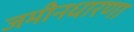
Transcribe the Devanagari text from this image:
जमीनधारणा